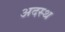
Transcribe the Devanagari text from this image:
अदस्थ